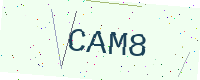
Text: CAM8